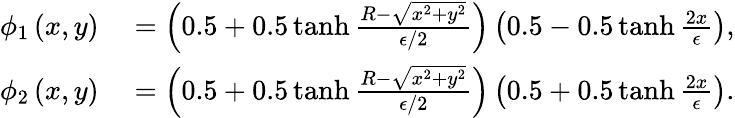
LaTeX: \begin{array}{rl}{\phi_{1}\left(x,y\right)}&{{}=\left(0.5+0.5\operatorname{tanh}\frac{R-\sqrt{x^{2}+y^{2}}}{\epsilon/2}\right)\left(0.5-0.5\operatorname{tanh}\frac{2x}{\epsilon}\right),}\\ {\phi_{2}\left(x,y\right)}&{{}=\left(0.5+0.5\operatorname{tanh}\frac{R-\sqrt{x^{2}+y^{2}}}{\epsilon/2}\right)\left(0.5+0.5\operatorname{tanh}\frac{2x}{\epsilon}\right).}\end{array}